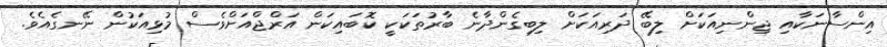
އިންސާނަކާއި ޖިންނިއަކަށް ލިބޭ ދަރިއަކަށް ލިބިގެންދާނެ ބާރުތަކަކީ ކޮބައިކަން އަރްޖްއަށްވެސް މުޅިއަކުން ނޭނގެއެވެ.